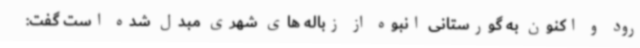
رود و اکنون به گورستانی انبوه از زباله های شهری مبدل شده است گفت: